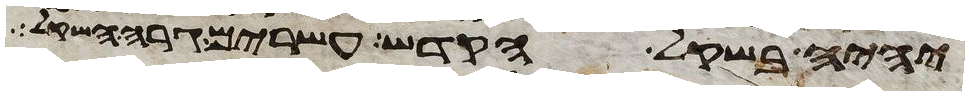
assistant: יהיה בשקל הקדש עשרים גרה השקל